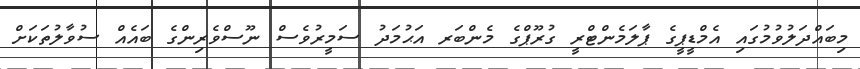
މިބައްދަލުވުމުގައި އެމްޑީޕީގެ ޕާލަމެންޓްރީ ގުރޫޕްގެ މެންބަރ އަޙުމަދު ސަމީރުވެސް ނޫސްވެރިންގެ ބައެއް ސުވާލުތަކަށް